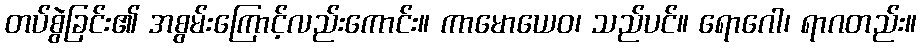
တပ်စွဲခြင်း၏ အစွမ်းကြောင့်လည်းကောင်း။ ကာမောယေဝ၊ သည်ပင်။ ရောဂေါ၊ ရာဂတည်း။